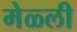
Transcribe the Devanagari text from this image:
मेळ्ली